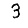
Digit: 3